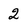
Character: 2